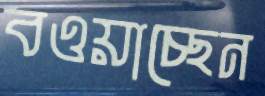
বওয়াচ্ছেন